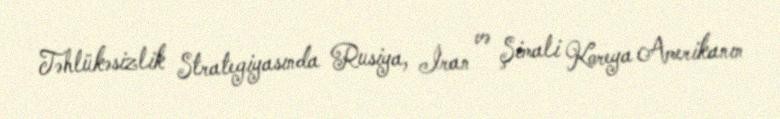
Təhlükəsizlik Strategiyasında Rusiya, İran və Şimali Koreya Amerikanın